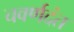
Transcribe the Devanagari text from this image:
चवर्णदंत